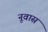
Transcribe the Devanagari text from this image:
नूवास